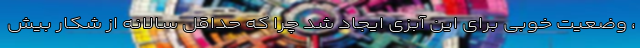
، وضعیت خوبی برای این آبزی ایجاد شد چرا که حداقل سالانه از شکار بیش